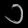
Digit: ၁